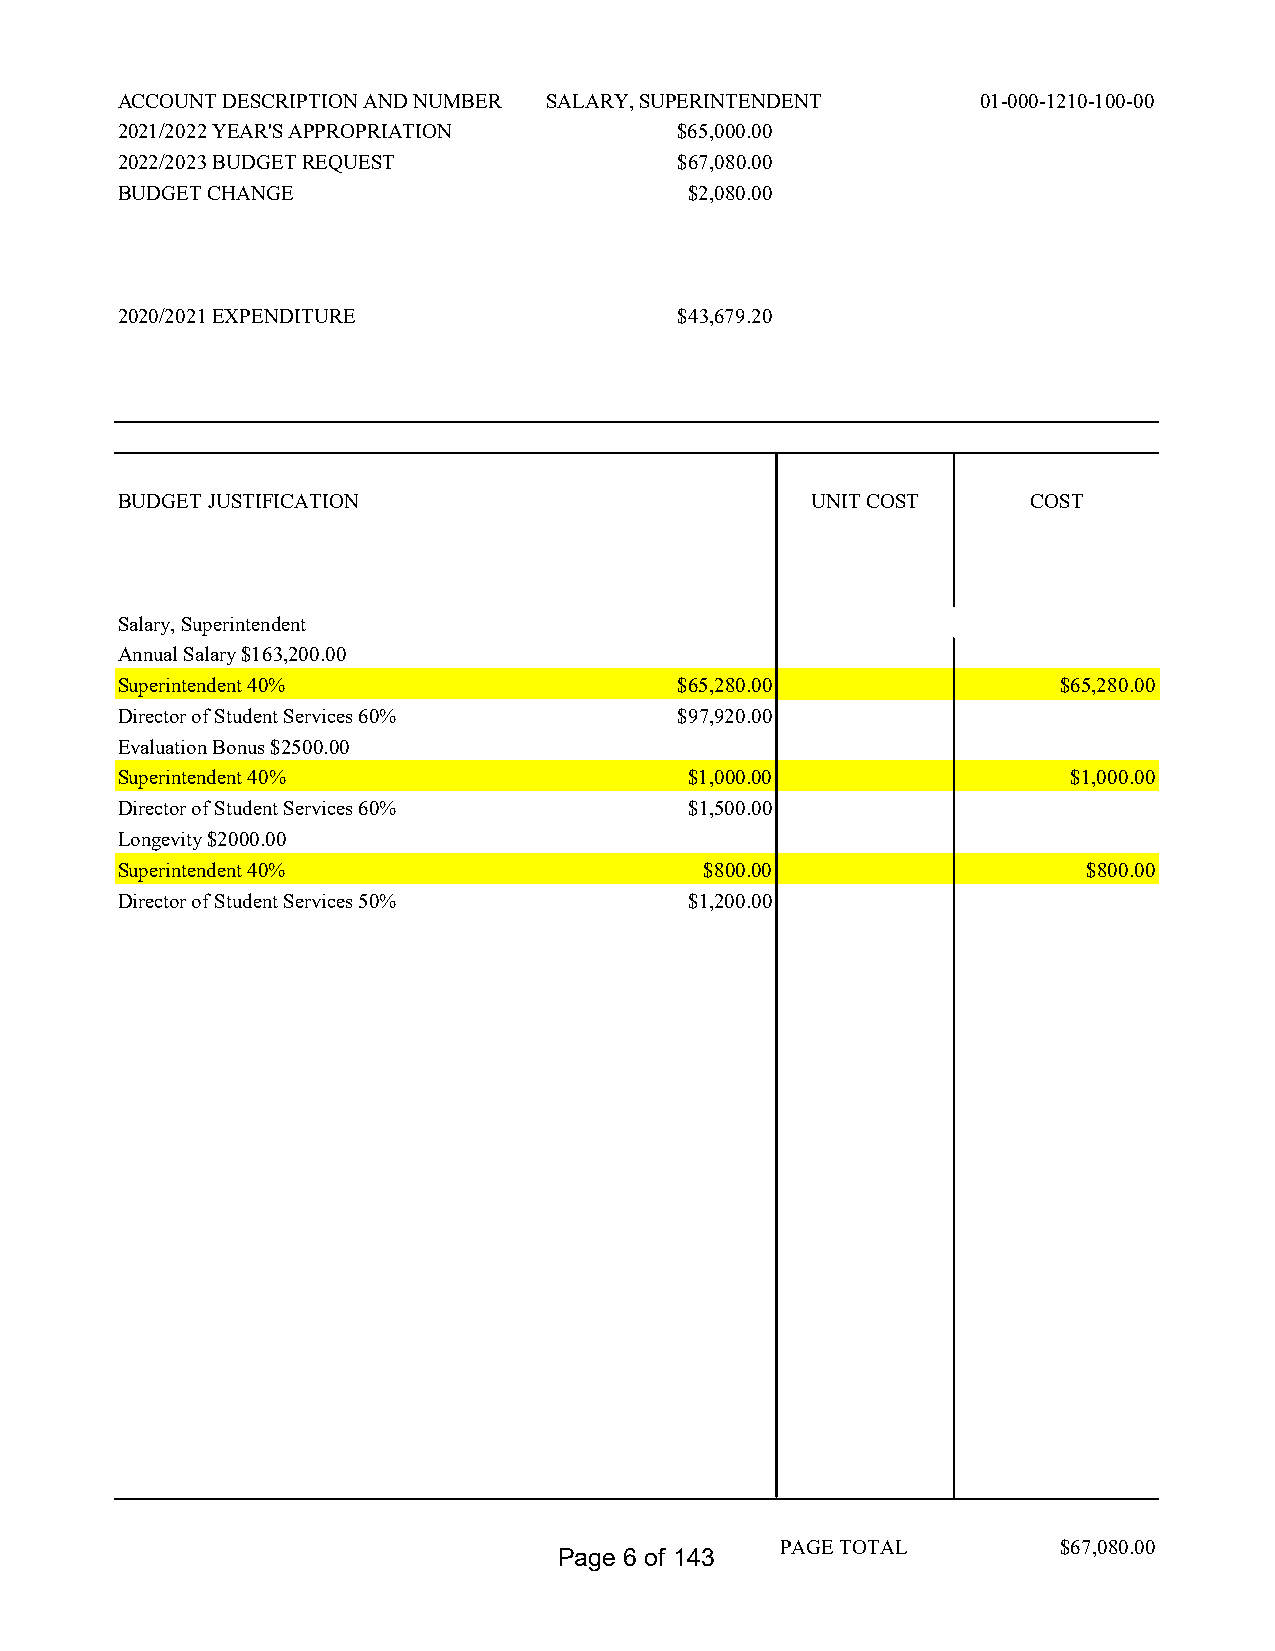
ACCOUNT DESCRIPTION AND NUMBER SALARY, SUPERINTENDENT    01-000-1210-100-00
 2021/2022 YEAR'S APPROPRIATION       $65,000.00
 2022/2023 BUDGET REQUEST             $67,080.00
 BUDGET CHANGE                         $2,080.00
 2020/2021 EXPENDITURE                $43,679.20
 BUDGET JUSTIFICATION                          UNIT COST     COST
 Salary, Superintendent
 Annual Salary $163,200.00
 Superintendent 40%                   $65,280.00               $65,280.00
 Director of Student Services 60%     $97,920.00
 Evaluation Bonus $2500.00
 Superintendent 40%                    $1,000.00                $1,000.00
 Director of Student Services 60%      $1,500.00
 Longevity $2000.00
 Superintendent 40%                     $800.00                  $800.00
 Director of Student Services 50%      $1,200.00
 PAGE TOTAL        $67,080.00
 Page 6 of 143